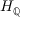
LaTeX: H _ { \mathbb { Q } }